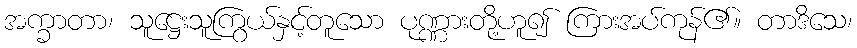
အက္ခာတာ၊ သူဋ္ဌေးသူကြွယ်နှင့်တူသော ပုဏ္ဏားတို့ဟူ၍ ကြားအပ်ကုန်၏။ တာဒိသေ၊